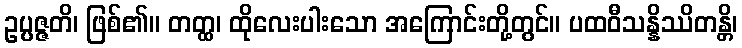
ဥပ္ပဇ္ဇတိ၊ ဖြစ်၏။ တတ္ထ၊ ထိုလေးပါးသော အကြောင်းတို့တွင်။ ပထဝီသန္နိဿိတန္တိ၊